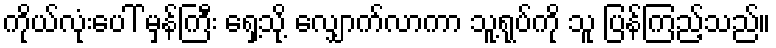
ကိုယ်လုံးပေါ် မှန်ကြီး ရှေ့သို့ လျှောက်လာကာ သူ့ရုပ်ကို သူ ပြန်ကြည့်သည်။